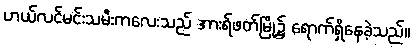
ဟယ်လင်မင်းသမီးကလေးသည် အားရ်ဖတ်မြို့၌ ရောက်ရှိနေခဲ့သည်။